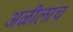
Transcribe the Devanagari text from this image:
अळीलाच